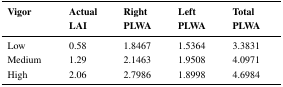
<table><thead><tr><td><b>Vigor</b></td><td><b>Actual LAI</b></td><td><b>Right PLWA</b></td><td><b>Left PLWA</b></td><td><b>Total PLWA</b></td></tr></thead><tbody><tr><td>Low</td><td>0.58</td><td>1.8467</td><td>1.5364</td><td>3.3831</td></tr><tr><td>Medium</td><td>1.29</td><td>2.1463</td><td>1.9508</td><td>4.0971</td></tr><tr><td>High</td><td>2.06</td><td>2.7986</td><td>1.8998</td><td>4.6984</td></tr></tbody></table>